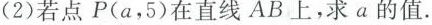
(2)若点P(a，5)在直线AB上，求a的值.